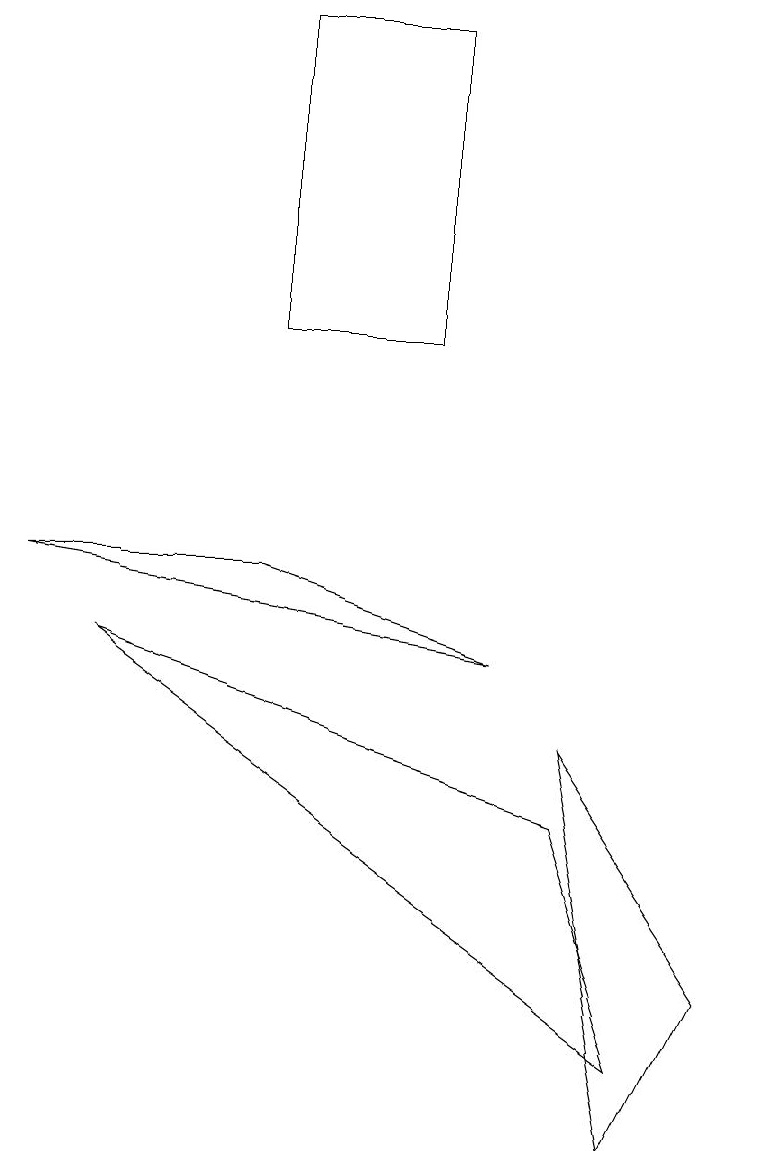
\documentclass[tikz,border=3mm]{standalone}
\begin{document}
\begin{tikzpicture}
\draw (1,7) -- (7,5) -- (8,2) -- cycle;
\draw (5,11) rectangle (3,15);
\draw (7,6) -- (9,3) -- (8,1) -- cycle;
\draw (0,8) -- (3,8) -- (6,7) -- cycle;
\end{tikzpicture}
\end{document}